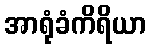
အာရုံခံကိရိယာ